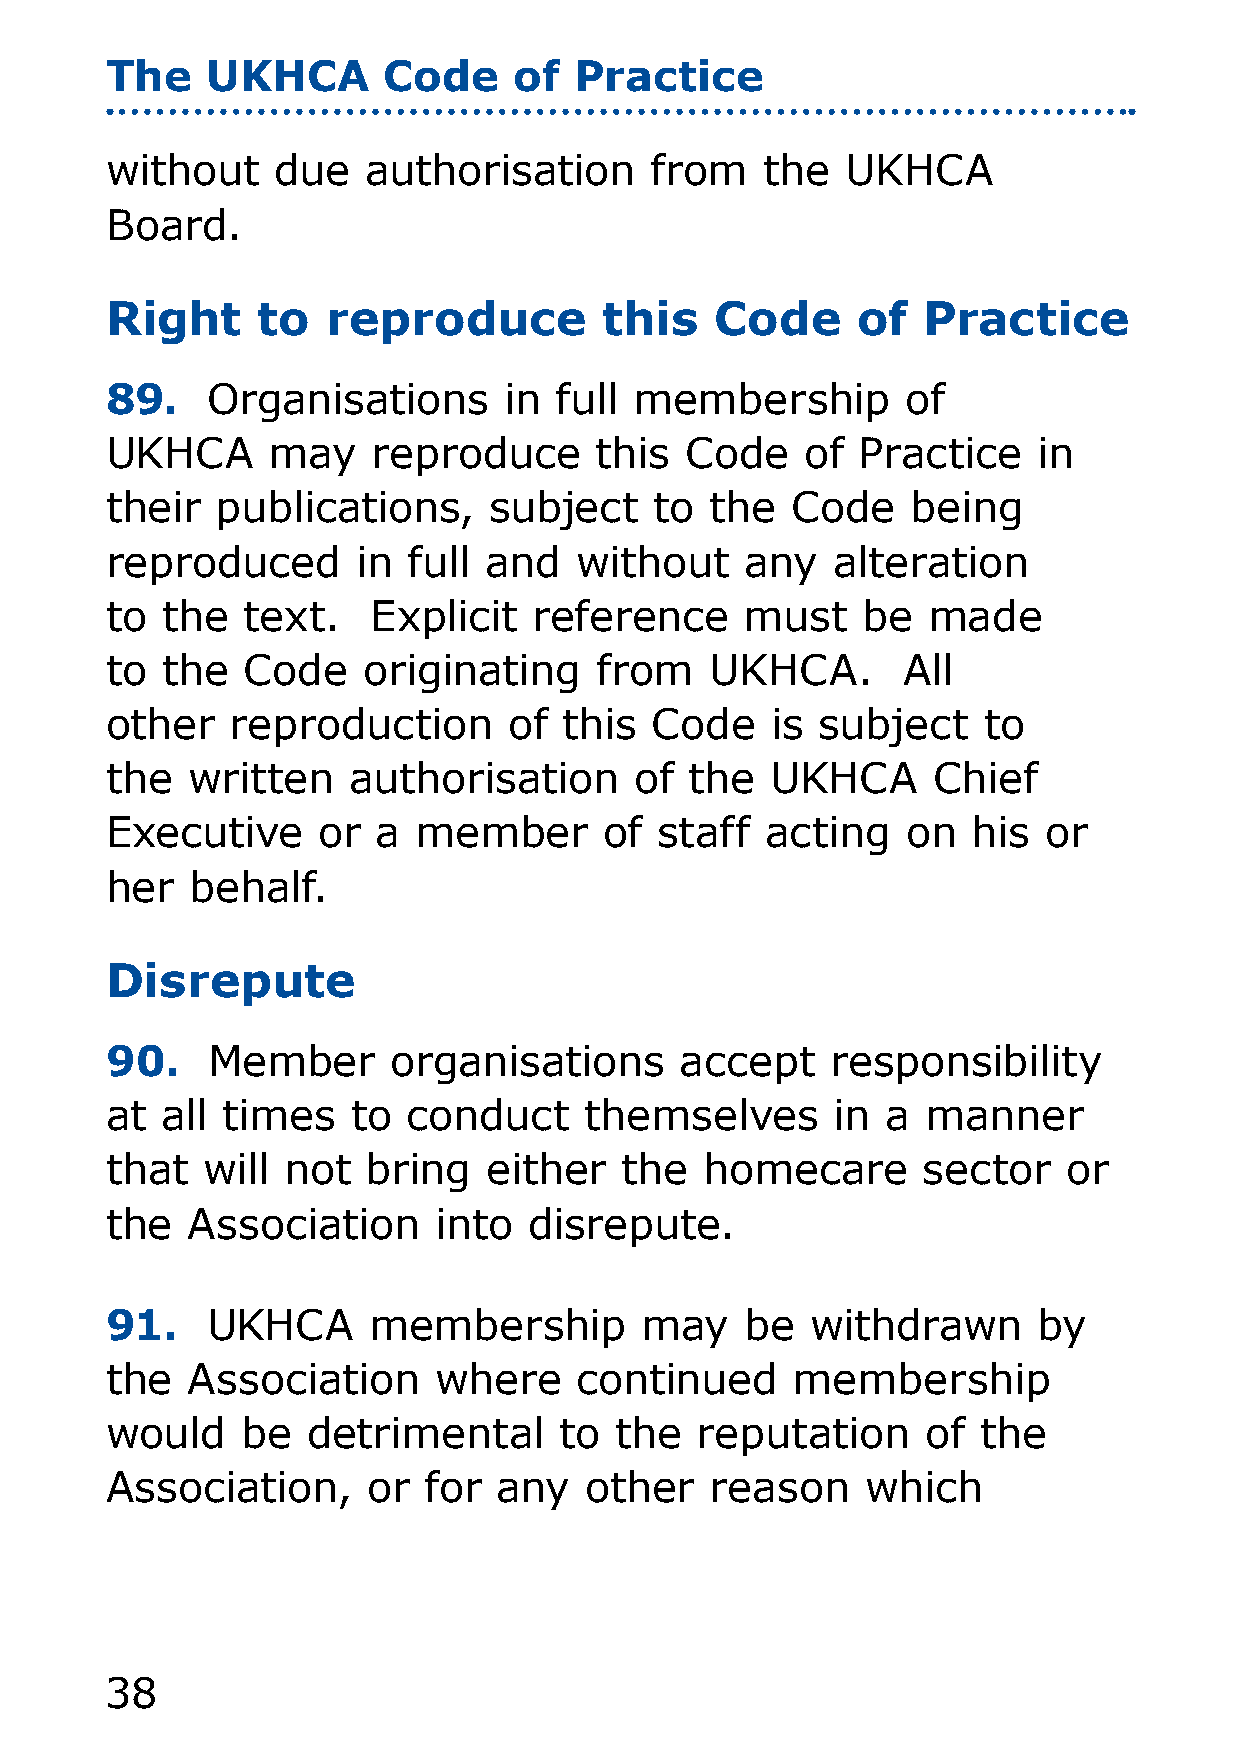
The    UKHCA      Code     of  Practice
 without    due   authorisation      from    the  UKHCA
 Board.
 Right     to   reproduce         this   Code      of  Practice
 89.    Organisations      in  full membership        of
 UKHCA      may    reproduce     this  Code    of  Practice    in
 their  publications,     subject    to  the  Code    being
 reproduced       in full and   without    any   alteration
 to  the  text.    Explicit  reference     must    be  made
 to  the  Code    originating    from    UKHCA.       All
 other   reproduction       of this  Code    is subject    to
 the  written    authorisation      of  the  UKHCA      Chief
 Executive     or  a  member      of  staff  acting   on  his  or
 her   behalf.
 Disrepute
 90.    Member      organisations      accept    responsibility
 at  all times   to  conduct     themselves      in  a manner
 that  will  not  bring   either   the   homecare      sector    or
 the  Association      into  disrepute.
 91.    UKHCA     membership        may    be   withdrawn      by
 the  Association      where    continued     membership
 would    be  detrimental      to  the  reputation     of  the
 Association,     or  for  any   other   reason    which
 38